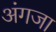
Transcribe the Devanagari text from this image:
अंगजा